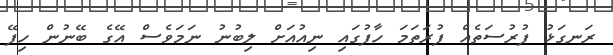
ރަނގަޅު ފުރުސަތެއް ފުރަތަމަ ހާފުގައި ނިއުއަށް ލިބުނު ނަމަވެސް އޭގެ ބޭނުން ހިފޭ